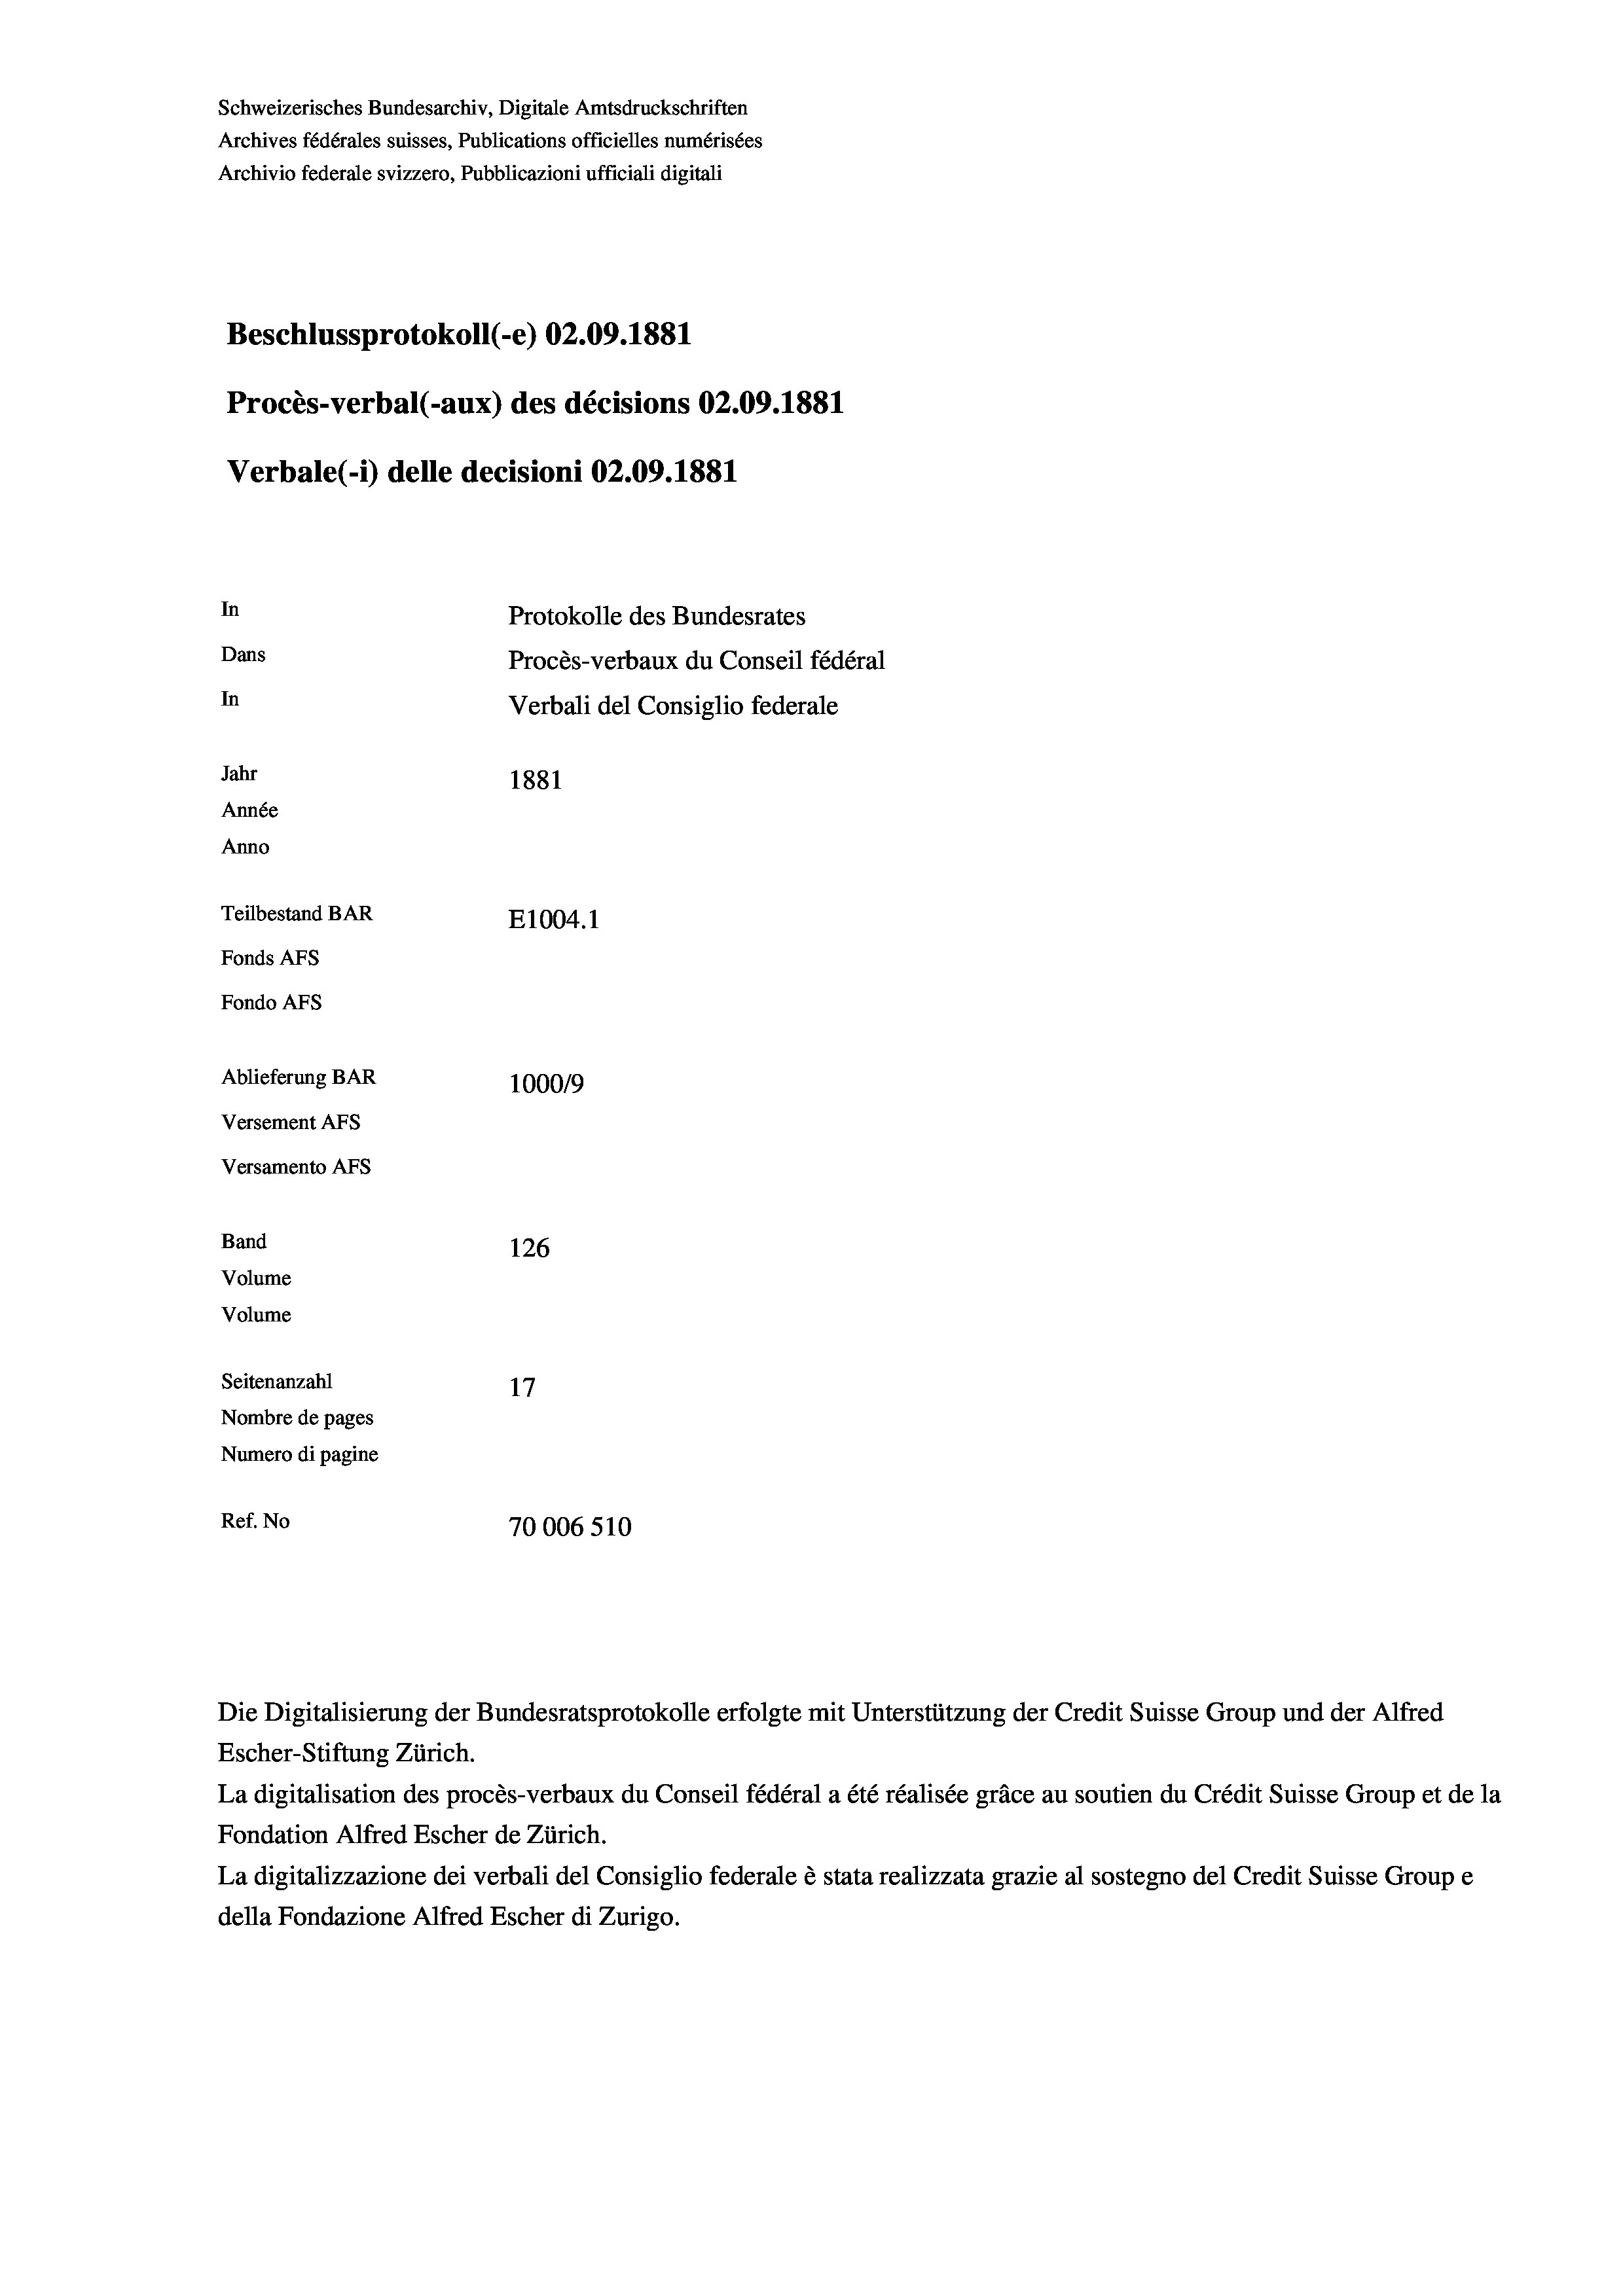
Schweizerisches Bundesarchiv, Digitale Amtsdruckschriften
Archives fédérales suisses, Publications officielles numérisées
Archivio federale svizzero, Pubblicazioni ufficiali digitali
Beschlussprotokoll (-e) 02.09. 1881
Procès-verbal (-aux) des décisions 02.09.1881
Verbale(1) delle decisioni 02.09. 1881
In
Protokolle des Bundesrates
Dans
Procès-verbaux du Conseil fédéral
In
Verbali del Consiglio federale
Jahr
1881
Année
Anno
Teilbestand BAR
E1004.1
Fonds AEs
Fondo AFs
Ablieferung BAR
100019
Versement AFS
Versamento AFS
Band
126
Volume
Volume
Seitenanzahl
17
Nombre de pages
Numero di pagine
Ref. No
70006 510

Die Digitalisierung der Bundesratsprotokolle erfolgte mit Unterstützung der Credit Suisse Group und der Alfred
Escher-Stiftung Zürich.
La digitalisation des procès-verbaux du Conseil fédéral a été réalisée gräce au soutien du Crédit Suisse Group et de la
Fondation Alfred Escher de Zürich.
La digitalizzazione dei verbali del Consiglio federale è stata realizzata grazie al sostegno del Credit Suisse Groupe
della Fondazione Alfred Escher di Zurigo.